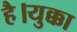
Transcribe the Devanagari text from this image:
है।युक्का